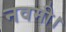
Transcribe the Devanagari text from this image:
नवमी।